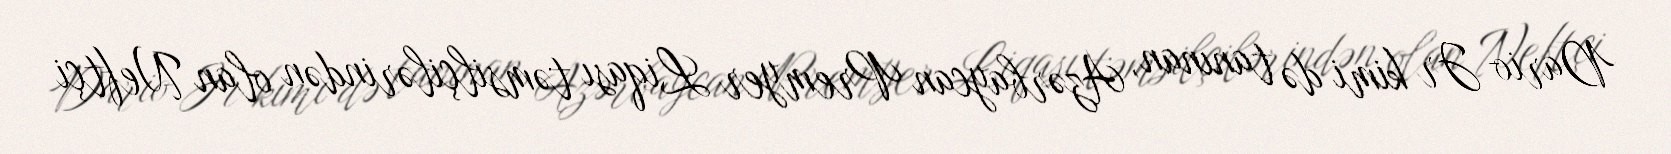
Dario Jr kimi də tanınan, Azərbaycan Premyer Liqası təmsilçilərindən olan Neftçi